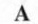
A